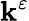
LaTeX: \mathbf{k}^{\varepsilon}